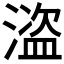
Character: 𰜽